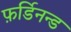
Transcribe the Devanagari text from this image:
फ़र्डिनन्ड